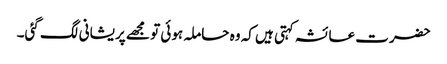
حضرت عائشہ کہتی ہیں کہ وہ حاملہ ہوئی تو مجھے پریشانی لگ گئی۔